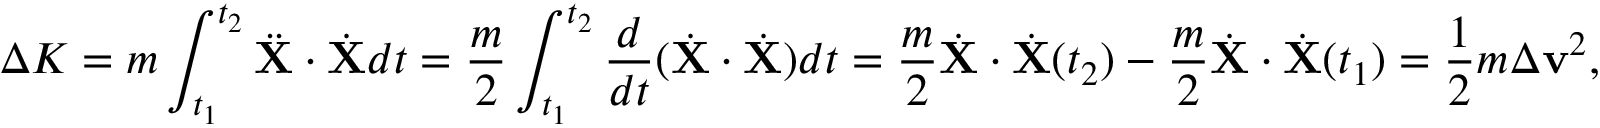
\Delta K = m \int _ { t _ { 1 } } ^ { t _ { 2 } } { \ddot { \mathbf { X } } } \cdot { \dot { \mathbf { X } } } d t = { \frac { m } { 2 } } \int _ { t _ { 1 } } ^ { t _ { 2 } } { \frac { d } { d t } } ( { \dot { \mathbf { X } } } \cdot { \dot { \mathbf { X } } } ) d t = { \frac { m } { 2 } } { \dot { \mathbf { X } } } \cdot { \dot { \mathbf { X } } } ( t _ { 2 } ) - { \frac { m } { 2 } } { \dot { \mathbf { X } } } \cdot { \dot { \mathbf { X } } } ( t _ { 1 } ) = { \frac { 1 } { 2 } } m \Delta \mathbf { v } ^ { 2 } ,